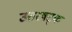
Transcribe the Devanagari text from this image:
उत्तरषट्क